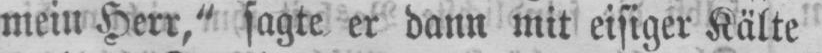
mein Herr,“ sagte er dann mit eisiger Kälte